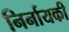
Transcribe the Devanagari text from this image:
निर्नायकी